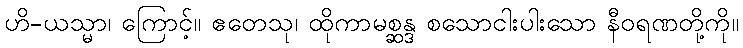
ဟိ-ယသ္မာ၊ ကြောင့်။ ဧတေသု၊ ထိုကာမစ္ဆန္ဒ စသောငါးပါးသော နီဝရဏတို့ကို။